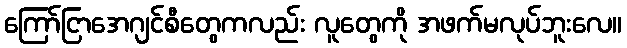
ကြော်ငြာအေဂျင်စီတွေကလည်း လူတွေကို အဖက်မလုပ်ဘူးလေ။